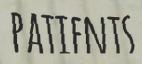
PATIENTS